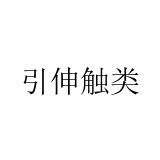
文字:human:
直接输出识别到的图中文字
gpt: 引伸触类